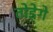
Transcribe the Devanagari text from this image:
तोड़ेगे